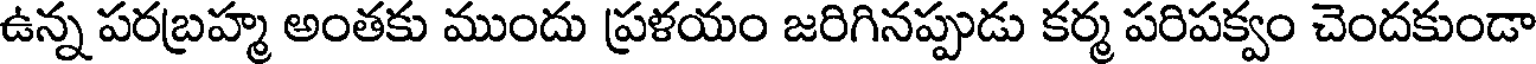
ఉన్న పరబ్రహ్మ అంతకు ముందు ప్రళయం జరిగినప్పుడు కర్మ పరిపక్వం చెందకుండా